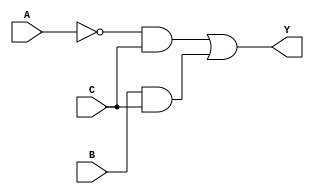

module alarmakarnough(input wire A, B, C, output wire Y);

  not (n1, A);
  and (n2, n1, C);
  and (n3, B, C);
  or  (Y, n2, n3);

endmodule

module alarmaPOS(input wire A, B, C, output wire Y);

  assign Y = (A | B | C) & (A | ~B | C) & (~A | B | C) & (~A | B | ~C) & (~A | ~B | C);

endmodule

module alarmaSOP(input wire A, B, C, output wire Y);

  assign Y = (~A & ~B & C) | (~A & B & C) | (A & B & C);

endmodule